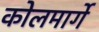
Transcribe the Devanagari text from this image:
कोलमार्गे